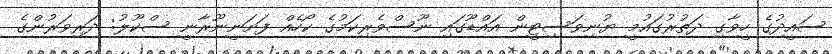
ސައީދުގެ ހީވާގި ދަތުރުގައުމީ ޔުނިވަސިޓީން އައްޑޫގައި ނޫސްވެރިކަމުގެ ކޯހެއް ފަށަނީނޫރާނީ ސްކޫލު: ދަރިވަރުންގެ